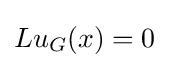
Lu_{G}(x)=0